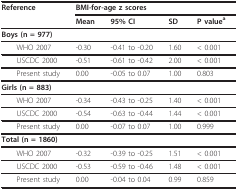
| Reference | <COLSPAN=4> BMI-for-age z scores |
 |  | Mean | 95% CI | SD | P valuea |
 | --- | --- | --- | --- | --- |
 | Boys (n = 977) |  |  |  |  |
 | WHO 2007 | -0.30 | -0.41 to -0.20 | 1.60 | < 0.001 |
 | USCDC 2000 | -0.51 | -0.61 to -0.42 | 2.00 | < 0.001 |
 | Present study | 0.00 | -0.05 to 0.07 | 1.00 | 0.803 |
 | Girls (n = 883) |  |  |  |  |
 | WHO 2007 | -0.34 | -0.43 to -0.25 | 1.40 | < 0.001 |
 | USCDC 2000 | -0.54 | -0.63 to -0.44 | 1.44 | < 0.001 |
 | Present study | 0.00 | -0.07 to 0.07 | 1.00 | 0.999 |
 | Total (n = 1860) |  |  |  |  |
 | WHO 2007 | -0.32 | -0.39 to -0.25 | 1.51 | < 0.001 |
 | USCDC 2000 | -0.53 | -0.59 to -0.46 | 1.48 | < 0.001 |
 | Present study | 0.00 | -0.04 to 0.04 | 0.99 | 0.859 |